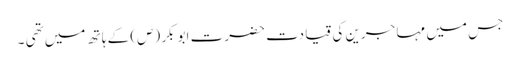
جس میں مہا جرین کی قیا دت حضرت ابو بکر (ص) کے ہا تھ میں تھی ۔